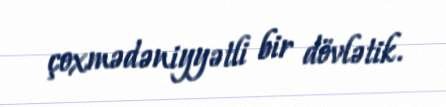
çoxmədəniyyətli bir dövlətik.